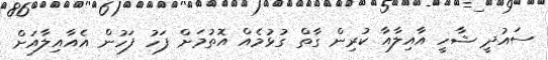
ސައުދީ ޝާހީ އާއިލާއާ ކުރިން ގާތް ގުޅުމެއް އޮތުމަަށް ފަހު ފަހުން އެއާއިލާއަށް